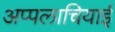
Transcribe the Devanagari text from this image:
अप्पलाचियाई